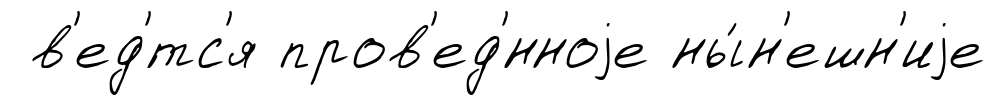
в'ед'́тс'я пров'ед'́нноjе ны́н'ешн'иjе